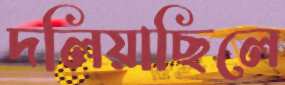
দলিয়াছিলে